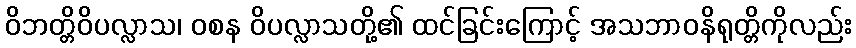
ဝိဘတ္တိဝိပလ္လာသ၊ ဝစန ဝိပလ္လာသတို့၏ ထင်ခြင်းကြောင့် အသဘာဝနိရုတ္တိကိုလည်း